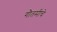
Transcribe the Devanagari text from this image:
गौतमीचे